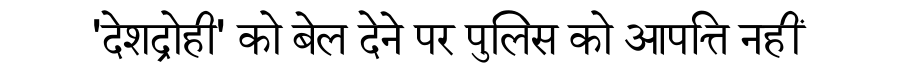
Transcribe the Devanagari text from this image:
'देशद्रोही' को बेल देने पर पुलिस को आपत्ति नहीं